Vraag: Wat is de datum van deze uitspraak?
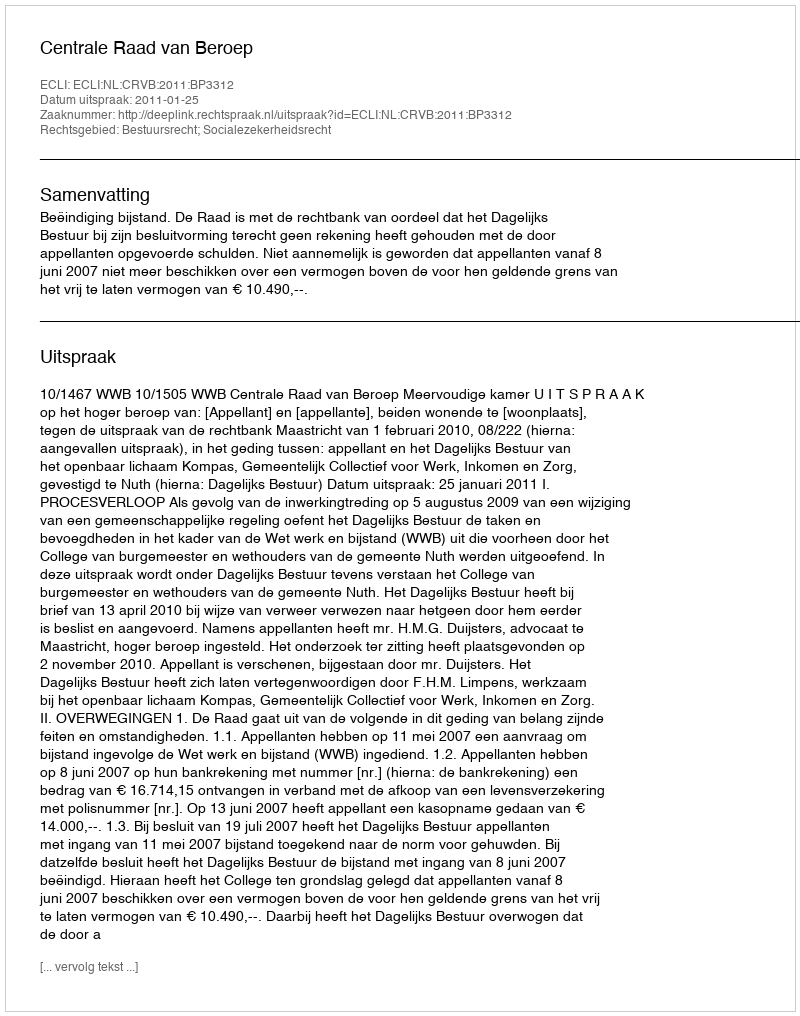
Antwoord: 2011-01-25